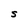
Character: S